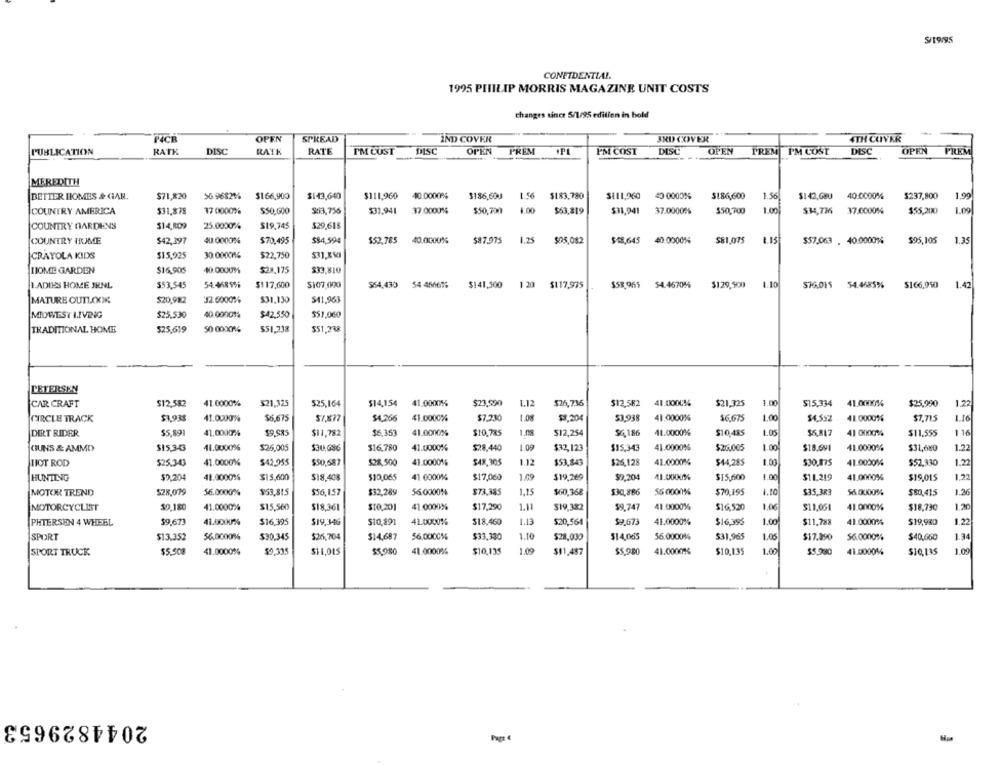
$/19/95
CONFIDENTIAL.
1995 PHILIP MORRIS MAGAZINE UNIT COSTS
changes since 5/1/95 edilien in bold
F4CB
OPEN
SPREAD
IND COVER
4TH COVER
IND COVER
PUBLICATION
RATK
DISC
RATE
RATE
PM CUST
DISC
OPEN
PREM
OPL
PM COST
DISC
OPEN
PREM PM COST
DISC
OPEN
FREM
MEREDITH
BETTER HOMES & GAR.
$71,820
56.968216 $166,900
$143,640
$111,960
40.0000%
$186,600
1.56
$183,780
$111,960
40 0000%
$186,600
1.56
$142.G80
40.0000%
$237,800
1.99
COUNTRY AMERICA
$31,878
37 0000%
$50,000
Si3,756
$31,941
37.0000%
$50,730
1.00
$63,819
$31,941
37.0000%
$50,700
1.00
$34,736
37.0000%
$55,200
1.09
COUNTRY GARDENS
$14,809
25.0000%
$19.745
529,618
1.25
COUNTRY HUME
$42,397
40.0000%
$70.495
$84,594
552,785
40.0000%
$87.975
$05,082
$18,645
40.0000%
$81,075
1.13
$57.063
40.000014
$95,105
1.35
CRAYOLA KIDS
$15,925
30.00001%
$22,750
$16,905
40.0000M
$28.175
HOME GARDEN
$33,810
$53,545
54.46899i
$117,600
5107,090
$64,430
$141,500
1 20
$117,975
$58.965
$129,500
1.10
54.4685%
1.42
I.ADIES HOME JHNL
54 456656
$76.015
$166,950
MATURE OUTLXXX
32 6000%
$31.130
$41,963
$20,982
MIDWEST LIVING
$25,530
40.000014
$42.550
$51,060
TRADITIONAL HOME
525,619
50 0000%
$51,238
$51,238
PETERSEN
CAR CRAFT
$12,582
41.0000%
$21,325
525,164
$14,154
41.0000%
$23,590
1.12
$26,736
$12,582
41.0000%
$21,325
1.00
$15.334
41.0000%
$25,990
1.22
CIRCLE TRACK
$1,938
41.0000%
$6.675
$1,877
$4,366
41.0000%
$7.730
1.08
$7.204
$3,938
41.0000%
$6.675
1.00
$4.532
41.0000%
$7.715
1.16
DIRT RIDER
$5,89
41.00004
59.985
$11,782
$6,353
41.0000%
$10,785
1.08
$12,254
$6,186
41.0000%
$10,485
$6.817
41 0000%
$11.555
116
CIUNS & AMMD
$15,343
41.0000%
$26,005
$30.086
$16.780
41.0000%
$28,440
1.09
$32,123
$15,343
41.0000%
$26.005
1.00º
$18.691
41.0000%
$31,680
1.22
HOT ROD
$25.343
41.0000%
$42,955
$50,587
$28,500
41.0000%
$48,305
1.12
$53,843
$26,128
41.0000%
$44,285
1.00
$30,175
41.0000%
$52,330
1.22
1.22
HUNTING
$9,204
48.00009%
$13,600
$18.408
$10,065
41 0000%
$17,060
1.09
$19.269
$9,204
11.0000%
$15,600
1.00
$11.219
41.0000%
$19,015
MOTOR TREND
$28,079
56.0000%
$53,815
$56,157
$32.289
56.0000%
$73.385
1,15
$60,368
$30,886
56 0000%
$70,195
$35.383
$60000%
$80,415
1.26
$10,201
41.0000%
$17,290
1.11
$19,332
$9.747
41.0000%
1.06
$11,051
1.20
MOTORCYCLIST
$9,180
41.0000%
$15,560
$18,36
$16,520
41.0000%
$18,790
$9,673
41.0000%
$16,395
$10,891
41.0000%
$18.460
1.13
$20,564
$9.673
$16,395
1.00
$11,788
41.0000%
$19,930
1.22
PHTERSEN 4 WHEEL
$19, 34
41.0000%
$13.352
56,0000%
$30.345
$26,704
$14.687
56.000CM
$33,330
1.10
$28,030
$14,065
56.00001%
$31,965
1.05
$17.890
56.0000%
$40,660
1.34
SPORT
SPORT TRUCK
$5,50
41.0000%
$0,335
$1 1,015
$5.980
41.0000%
$10,135
1.09
$11,487
$5.980
41.0000%
$10,135
1.00
$5,980
41.0000%
$10,135
1.09
2044829653